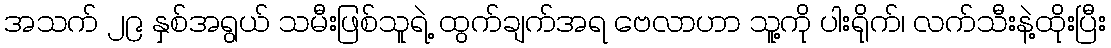
အသက် ၂၉ နှစ်အရွယ် သမီးဖြစ်သူရဲ့ ထွက်ချက်အရ ဗေလာဟာ သူ့ကို ပါးရိုက်၊ လက်သီးနဲ့ထိုးပြီး